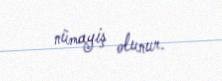
nümayiş olunur.